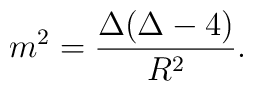
m^2=\frac{\Delta (\Delta -4)}{R^2}.